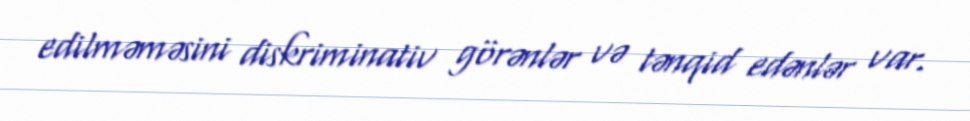
edilməməsini diskriminativ görənlər və tənqid edənlər var.